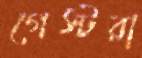
গেস্টরা